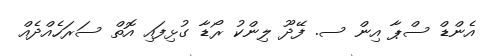
އެންޑް ސްޕާ އިން ސ. ފޭދޫ ލިންކު ރޯޑާ ގުޅިފައި އޮތް ސަރަހެއްދެއް